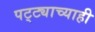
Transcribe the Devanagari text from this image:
पट्ट्याच्याही